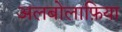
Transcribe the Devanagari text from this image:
अलबोलाफ़िया